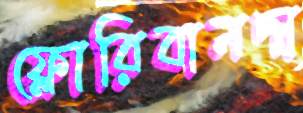
ফ্লোরিবানদা